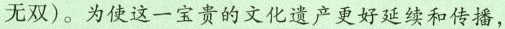
无双)。为使这一宝贵的文化遗产更好延续和传播，